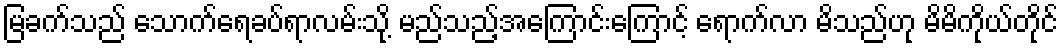
မြခက်သည် သောက်ရေခပ်ရာလမ်းသို့ မည်သည့်အကြောင်းကြောင့် ရောက်လာ မိသည်ဟု မိမိကိုယ်တိုင်